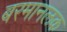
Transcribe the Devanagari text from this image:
बरमानलक